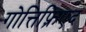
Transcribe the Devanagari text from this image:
गोत्तिफ़्रिएद